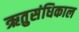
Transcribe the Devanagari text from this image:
ऋतुसंधिकाल